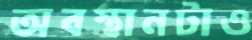
অবস্থানটাও